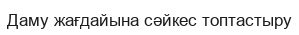
Даму жағдайына сәйкес топтастыру